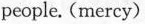
people. (mercy)